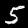
Digit: 5